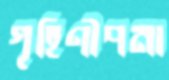
গৃহিণীপনা